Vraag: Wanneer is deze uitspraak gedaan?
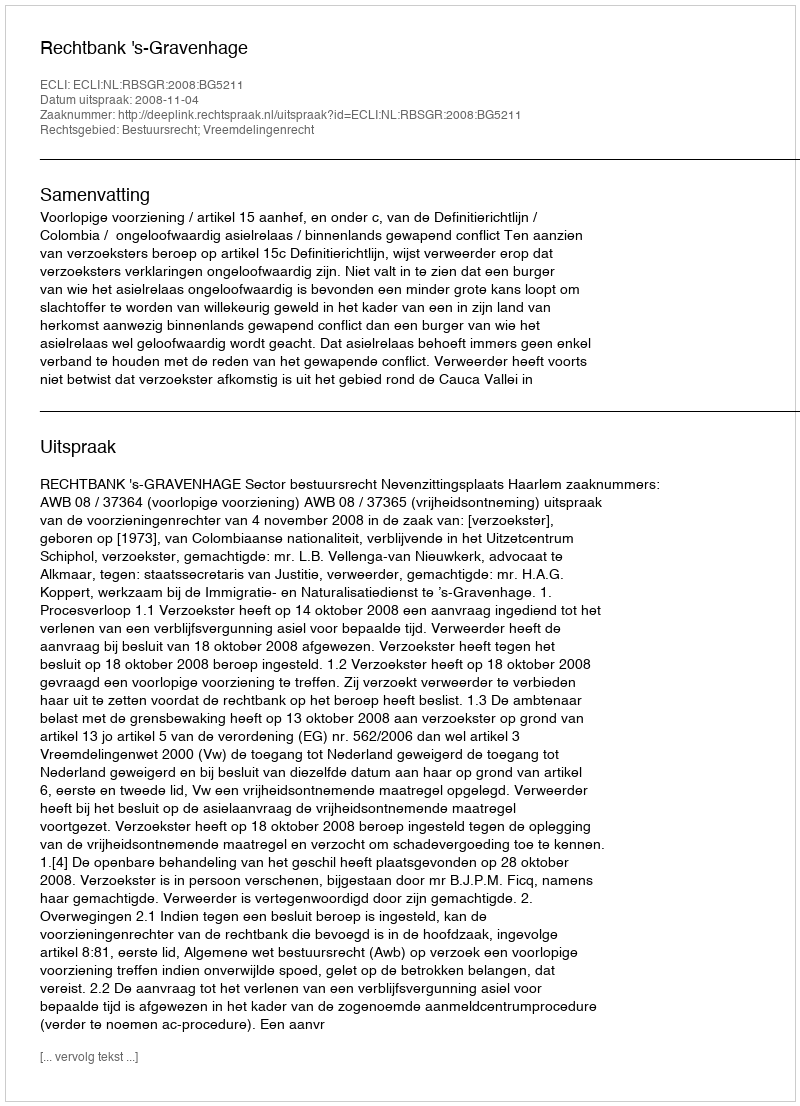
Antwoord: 2008-11-04